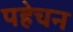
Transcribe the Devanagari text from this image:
पहेचन